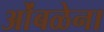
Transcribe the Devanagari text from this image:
ओंबळेना